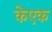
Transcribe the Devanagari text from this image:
केएक